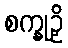
စက္ခုဉှိ